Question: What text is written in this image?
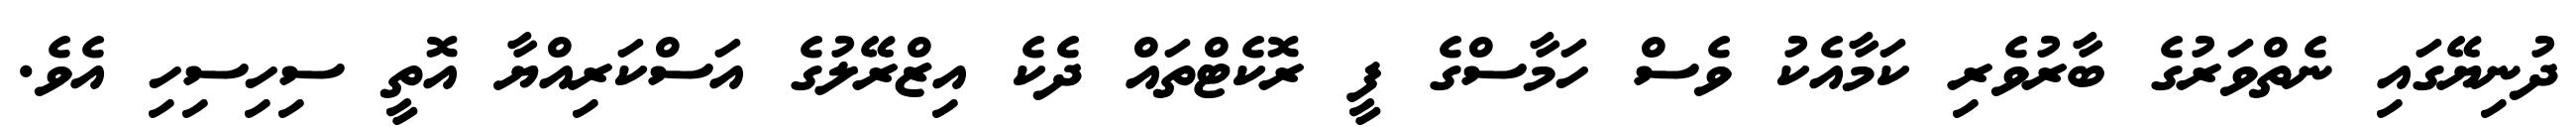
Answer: ދުނިޔޭގައި ނެތްވަރުގެ ބާރުވެރި ކަމާއެކު ވެސް ހަމާސްގެ ފީ ރޮކެޓްތައް ދެކެ އިޒްރޭލުގެ އަސްކަރިއްޔާ އޮތީ ސިހިސިހި އެވެ.